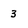
Character: 3